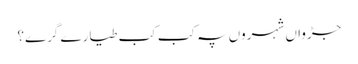
جڑواں شہروں پہ کب کب طیارے گرے؟